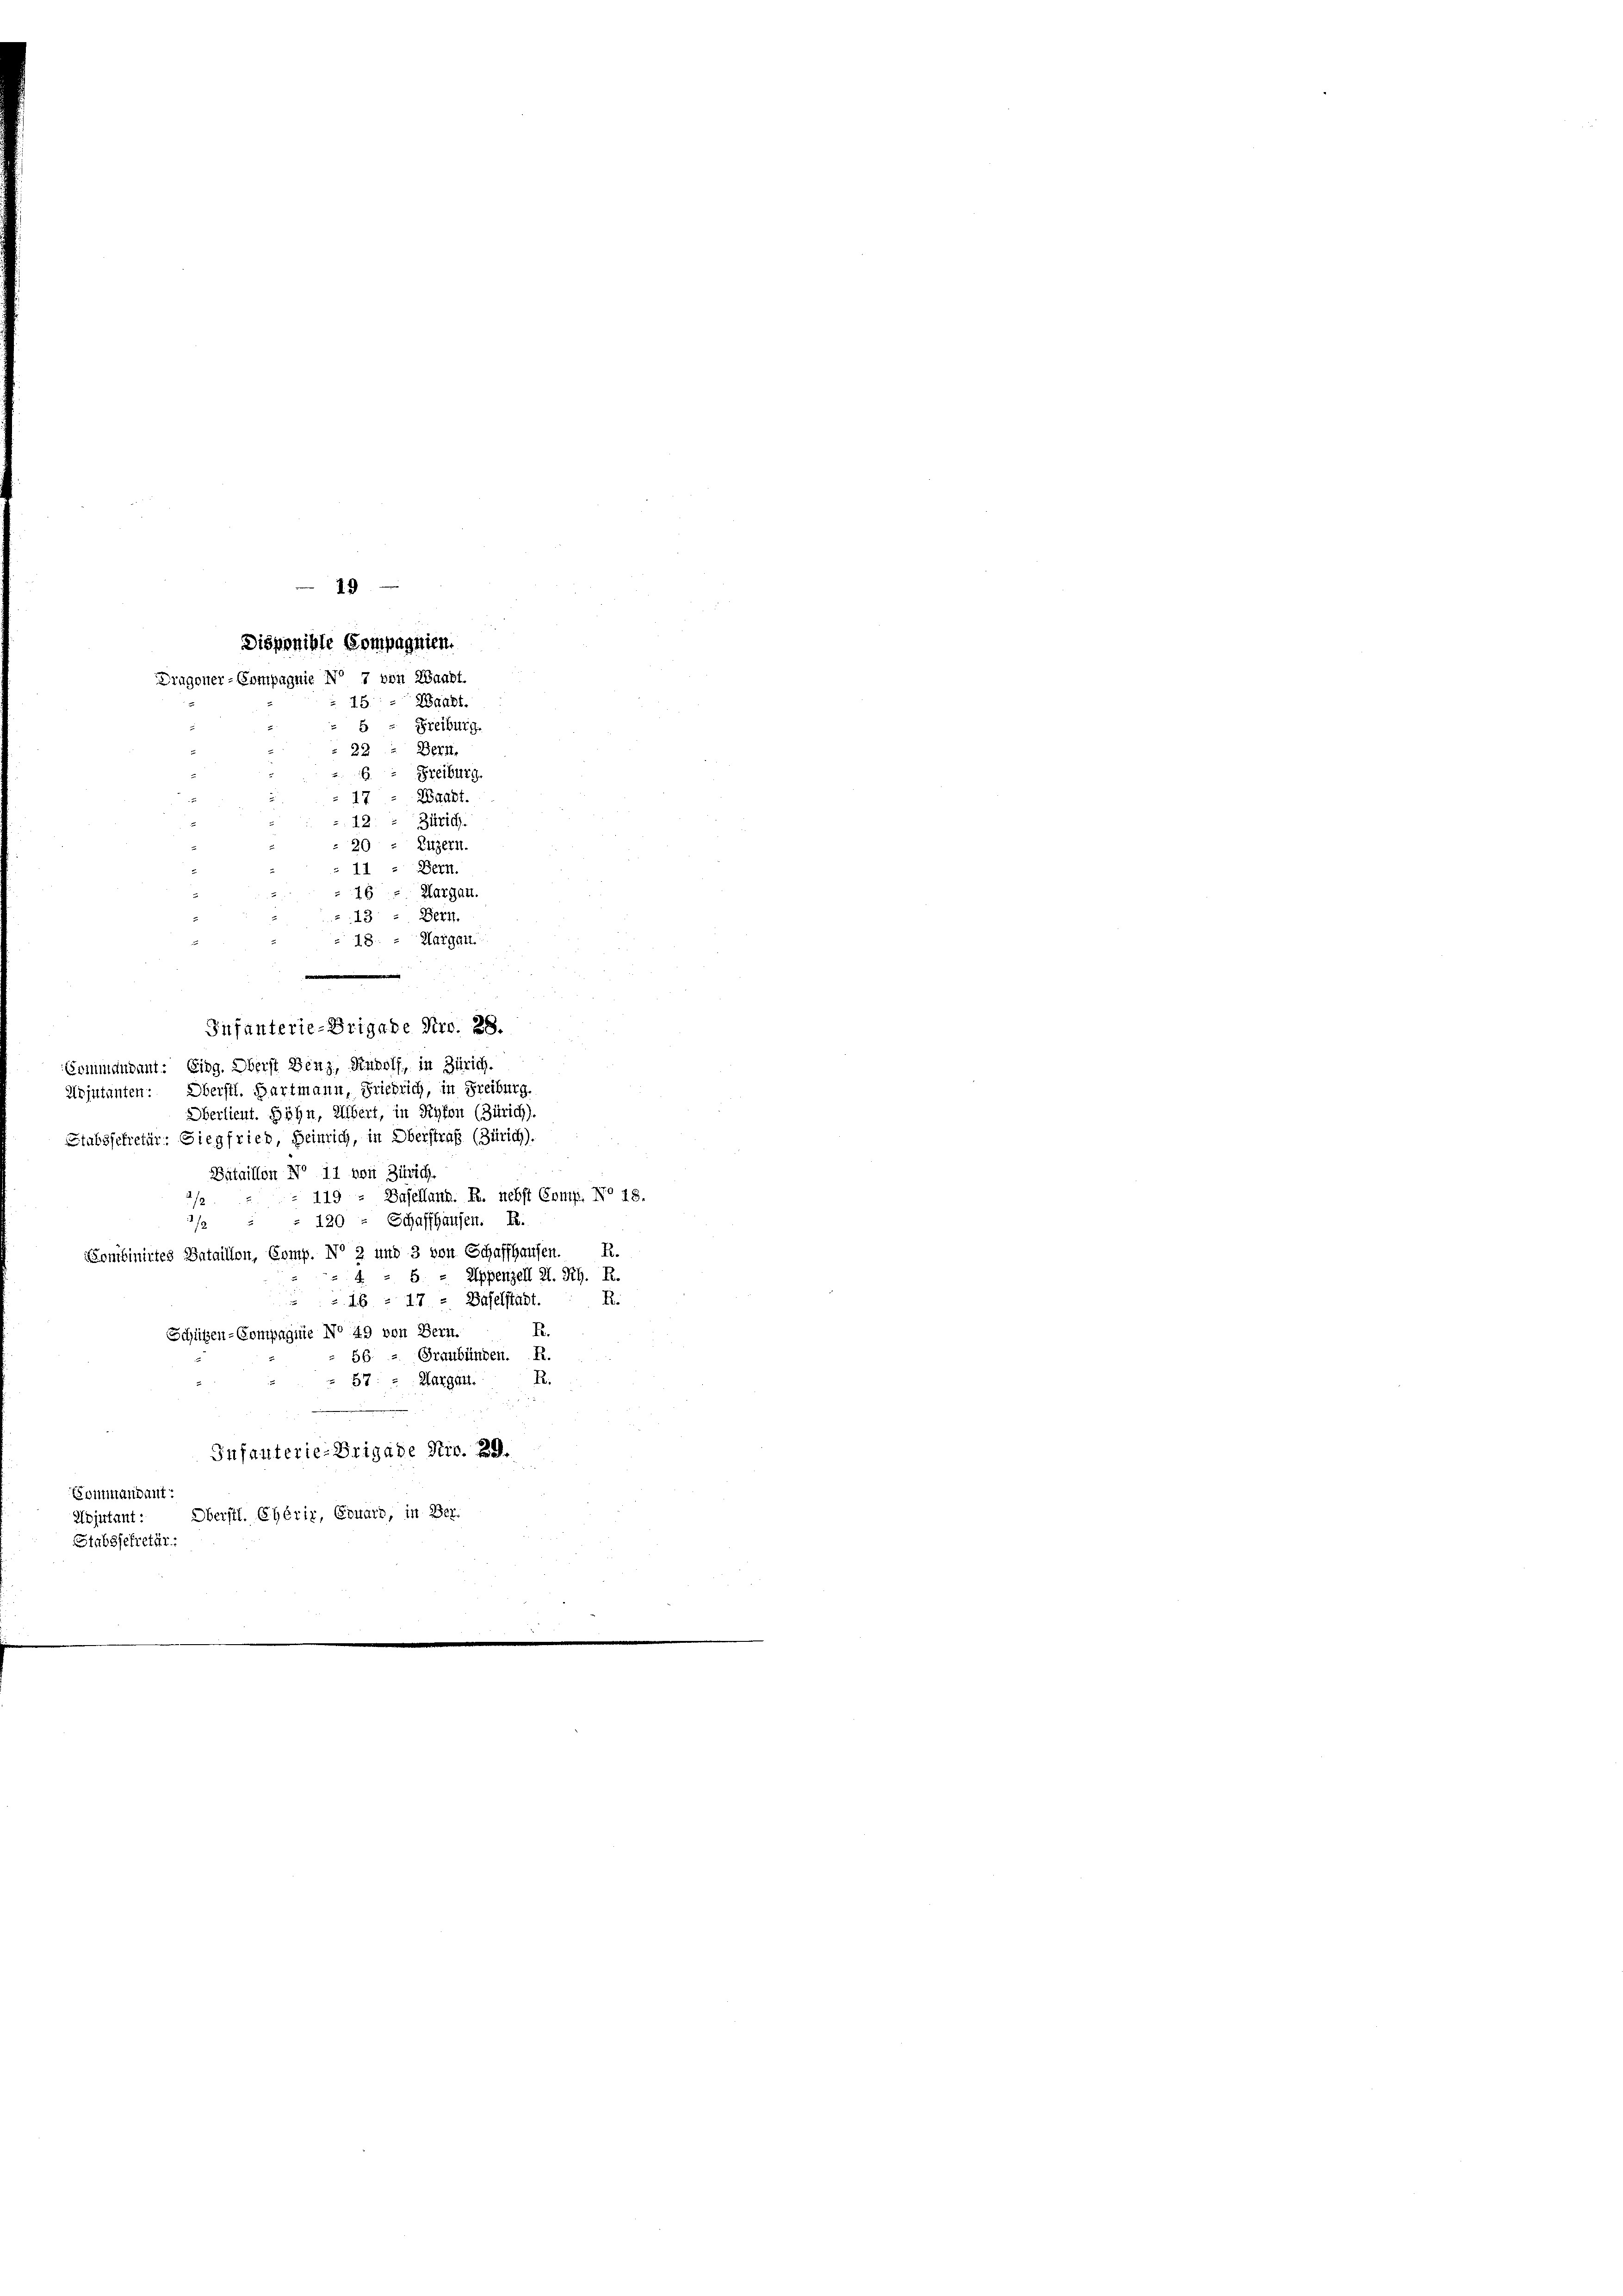
Waadt.
48.
5
Freiburg.
Bern,
22
Freiburg.
6.
Waadt.
12
Zürich.
Luzern.
2
1
Bern.
Margau.
Bert.
13
Margau.
12
e
Infanterie-Brigabe Nr. 28.
Sommendant: Eing. Oberst Benz, Rudolf, in Zürich.
Kojutanten: Oberstl. Hartmann, Friedrich, in Freiburg
Oberlieut. Höhn, Albert, in Rykon (Zürich).
Stabssekretär: Siegfried, Heinrich, in Oberstraß (Zürich).
Bataillon No 11 von Zürich.
119; Basellanz. R. nebst Comp. N° 18.
120 - Schaffhausen. R.
2/
R.
ombinirtes Bataillon, Comp. No 2 und 3 von Schaffhausen.
4 - 5. - Appenzell I. Rh. R.
i
R.
= 16 - 17 - Baselstadt
.
Schützen-Compagnie No 49 von Bern.
Graubünden. R.
56.
57: » Margau.
R.
Infanterie-Brigade Nic. 29.
Sommandant:
Oberstl. Chérir, Erward, in Ber
Adjutant:
Stabssekretär:

19
Disponible Compagnien.
Dragoner-Compagnie No 7 von Waadt.